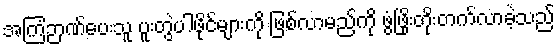
အကြံဉာဏ်ပေးသူ ပူးတွဲပါဖိုင်များကို ဖြစ်လာမည်ကို ဖွံဖြိုးတိုးတက်လာခဲ့သည်